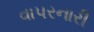
વાપરનારી